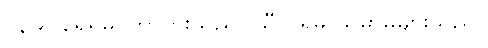
၁၃၉။ ရေရှိမှ ကြာပွားသည်။ သီလရှိမှ သမာဓိများသည်။